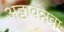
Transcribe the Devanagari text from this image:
अठ्ठावन्नवा